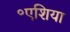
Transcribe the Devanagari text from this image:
॰एशिया